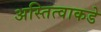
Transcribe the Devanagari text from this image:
अस्तित्वाकडे